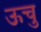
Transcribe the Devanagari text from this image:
ऊचु